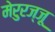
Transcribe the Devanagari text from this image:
मेरुरज्जू